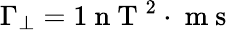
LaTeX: \Gamma_{\perp}=1\mathrm{~n~T~}^{2}\cdot\mathrm{~m~s~}